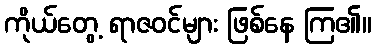
ကိုယ်တွေ့ ရာဇဝင်များ ဖြစ်နေ ကြ၏။